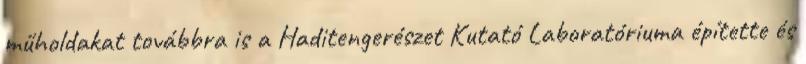
műholdakat továbbra is a Haditengerészet Kutató Laboratóriuma építette és